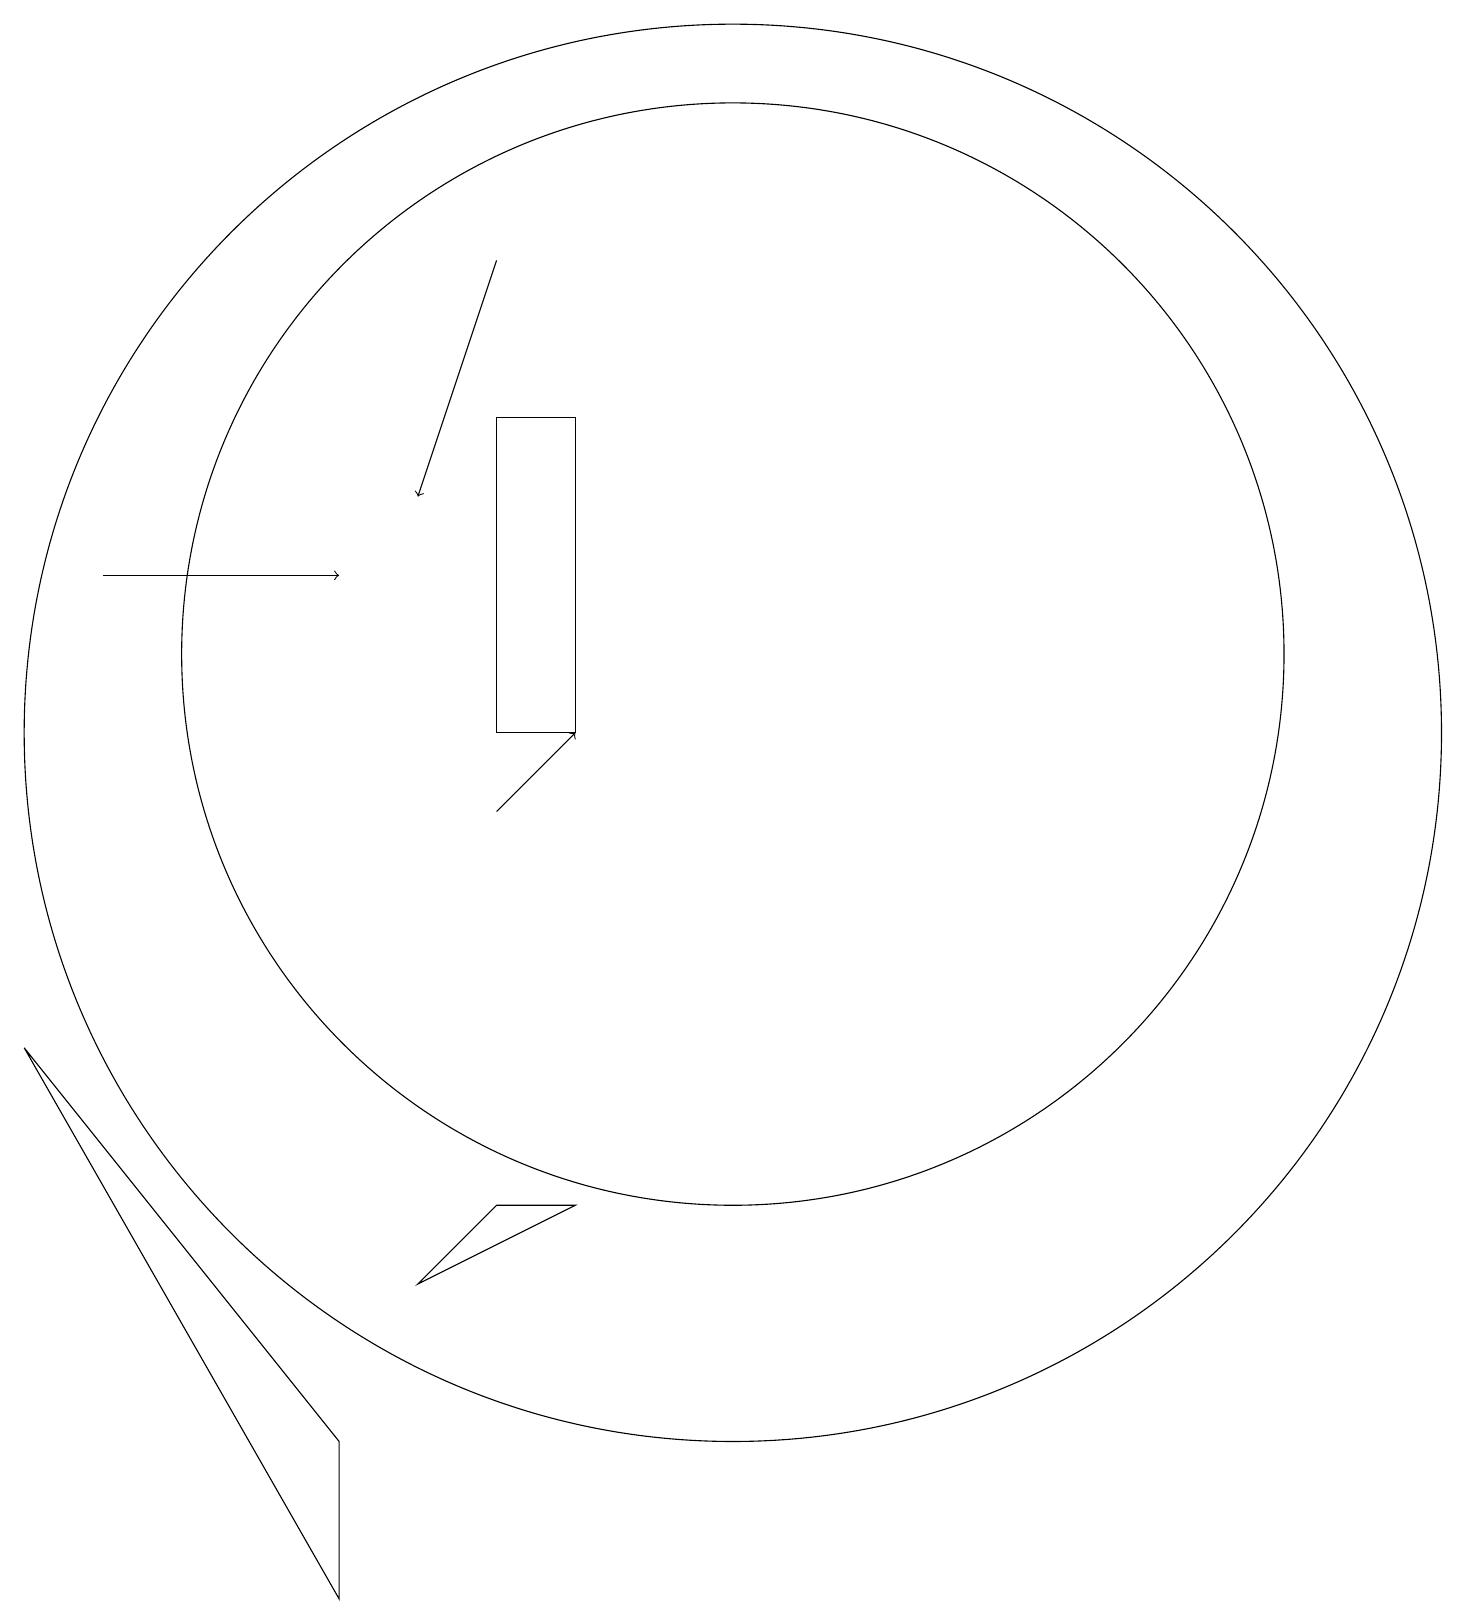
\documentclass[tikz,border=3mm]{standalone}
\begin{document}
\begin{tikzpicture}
\draw (11,12) circle (7);
\draw (8,5) -- (9,5) -- (7,4) -- cycle;
\draw[->] (8,17) -- (7,14);
\draw[->] (8,10) -- (9,11);
\draw (9,15) rectangle (8,11);
\draw (11,11) circle (9);
\draw (2,7) -- (6,0) -- (6,2) -- cycle;
\draw[->] (3,13) -- (6,13);
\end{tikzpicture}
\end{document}